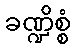
ခဏ္ဍိစ္စံ